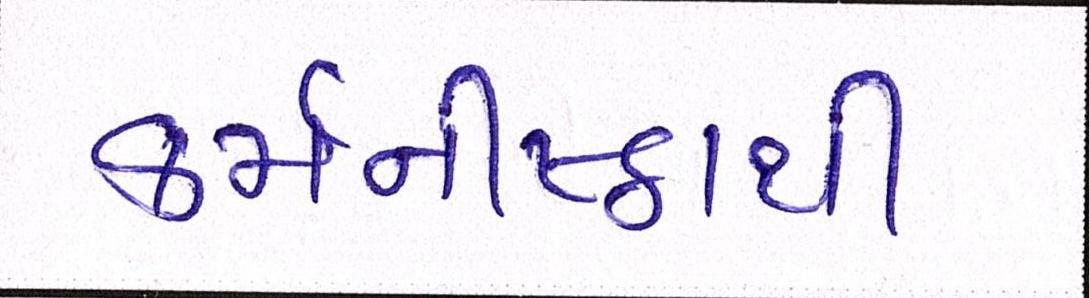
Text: કર્મનીષ્ઠાથી